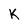
Character: K